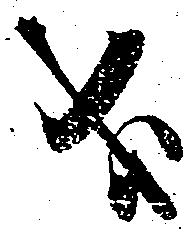
義